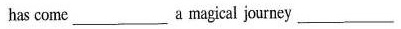
has come ___ a magical journey ___